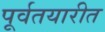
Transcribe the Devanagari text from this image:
पूर्वतयारीत